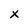
Character: X